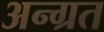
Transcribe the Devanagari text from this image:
अन्ग्रत